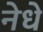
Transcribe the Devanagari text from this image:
नेधे